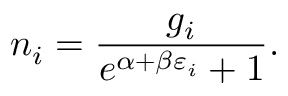
n _ { i } = { \frac { g _ { i } } { e ^ { \alpha + \beta \varepsilon _ { i } } + 1 } } .